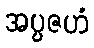
အပ္ပဇဟံ